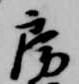
房